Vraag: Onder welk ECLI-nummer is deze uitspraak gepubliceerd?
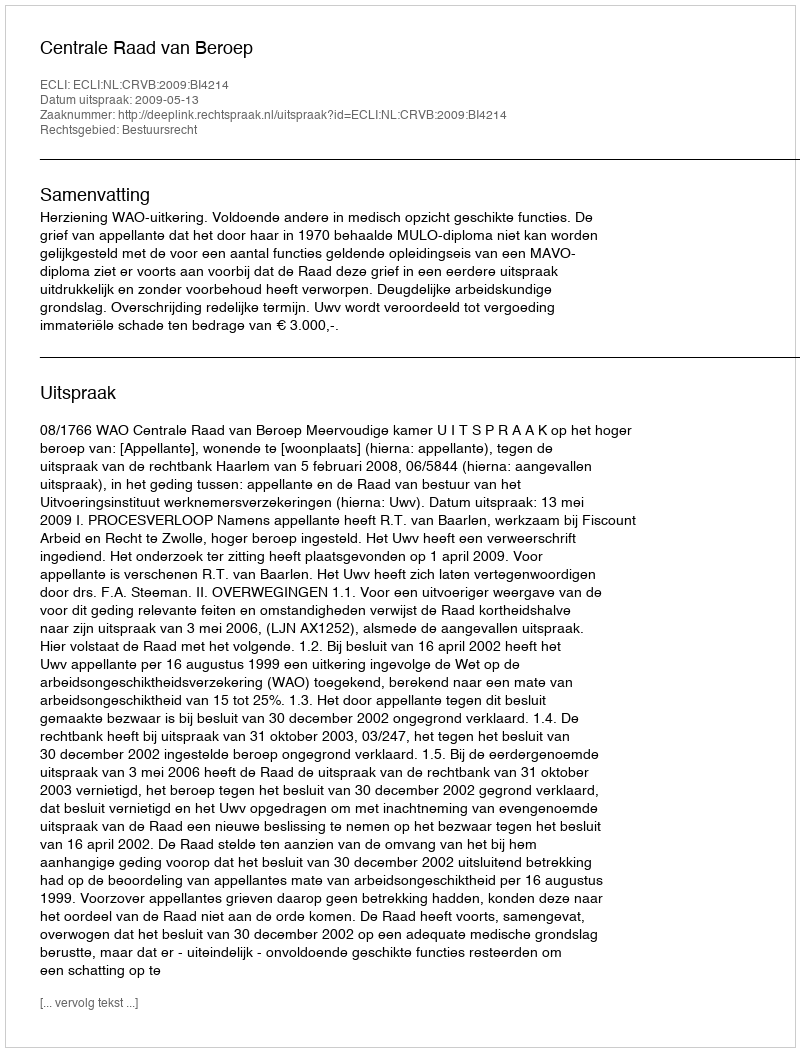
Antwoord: ECLI:NL:CRVB:2009:BI4214